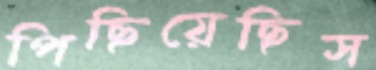
পিছিয়েছিস